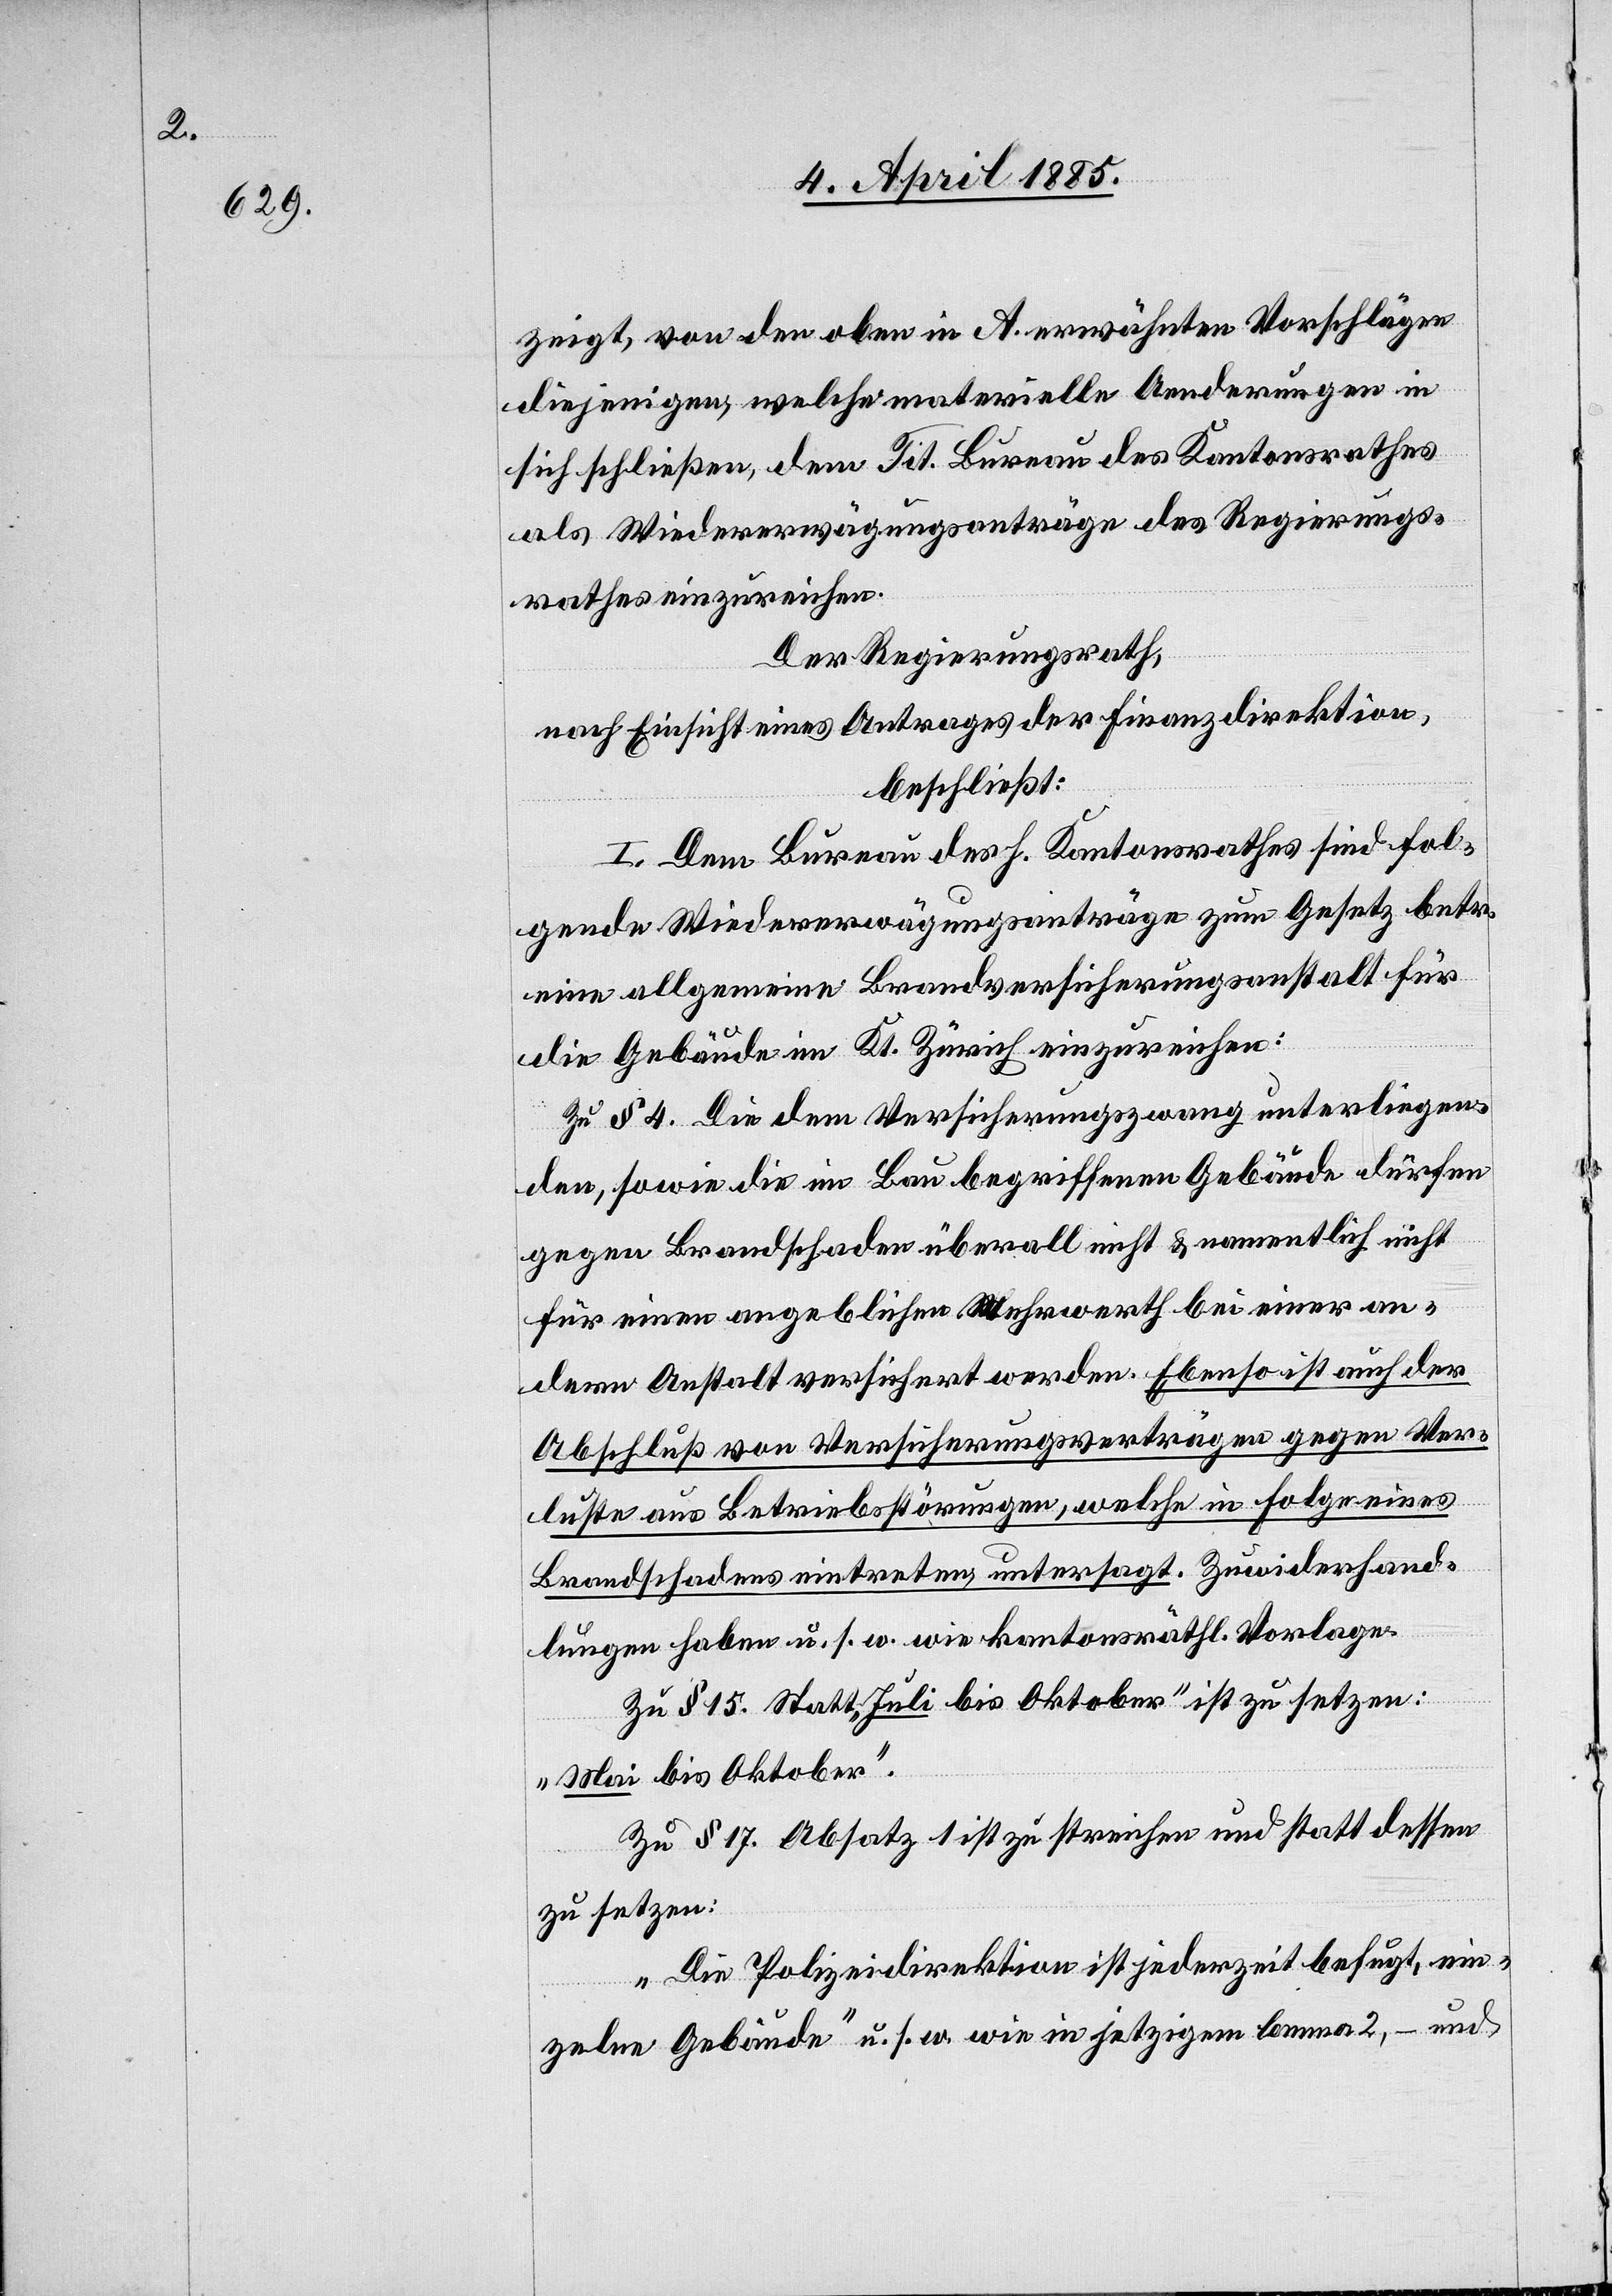
zeigt, von der oben in A. erwähnten Vorschlägen
diejenigen, welche materielle Aenderungen in
sich schließen, dem Tit. Bureau des Kantonsrathes
als Wiedererwägungsanträge des Regierungs¬
rathes einzureichen.
Der Regierungsrath,
nach Einsicht eines Antrages der Finanzdirektion,
beschließt:
I. Dem Bureau des h. Kantonsrathes sind fol¬
gende Wiedererwägungsanträge zum Gesetz betr.
eine allgemeine Brandversicherungsanstalt für
die Gebäude im Kt. Zürich einzureichen:
Zu § 4. Die dem Versicherungszwang unterliegen¬
den, sowie im Bau begriffenen Gebäude dürfen
gegen Brandschaden überall nicht & namentlich nicht
für einen angeblichen Mehrwert bei einer an¬
dern Anstalt versichert werden. Ebenso ist auch der
Abschluß von Versicherungsverträgen gegen Ver¬
luste aus Betriebsstörungen, welche in Folge eines
Brandschadens eintreten, untersagt. Zuwiderhand¬
lungen haben u. s. w. wie kantonsrähtl. Vorlagen.
Zu § 15. Statt „Juli bis Oktober“ ist zu setzen:
„Mai bis Oktober“.
Zu § 17. Absatz 1 ist zu streichen und stattdessen
zu setzen:
„Die Polizeidirektion ist jederzeit befugt, ein¬
zelne Gebäude“ u. s. w. wie in jetzigem lemma 2, – und